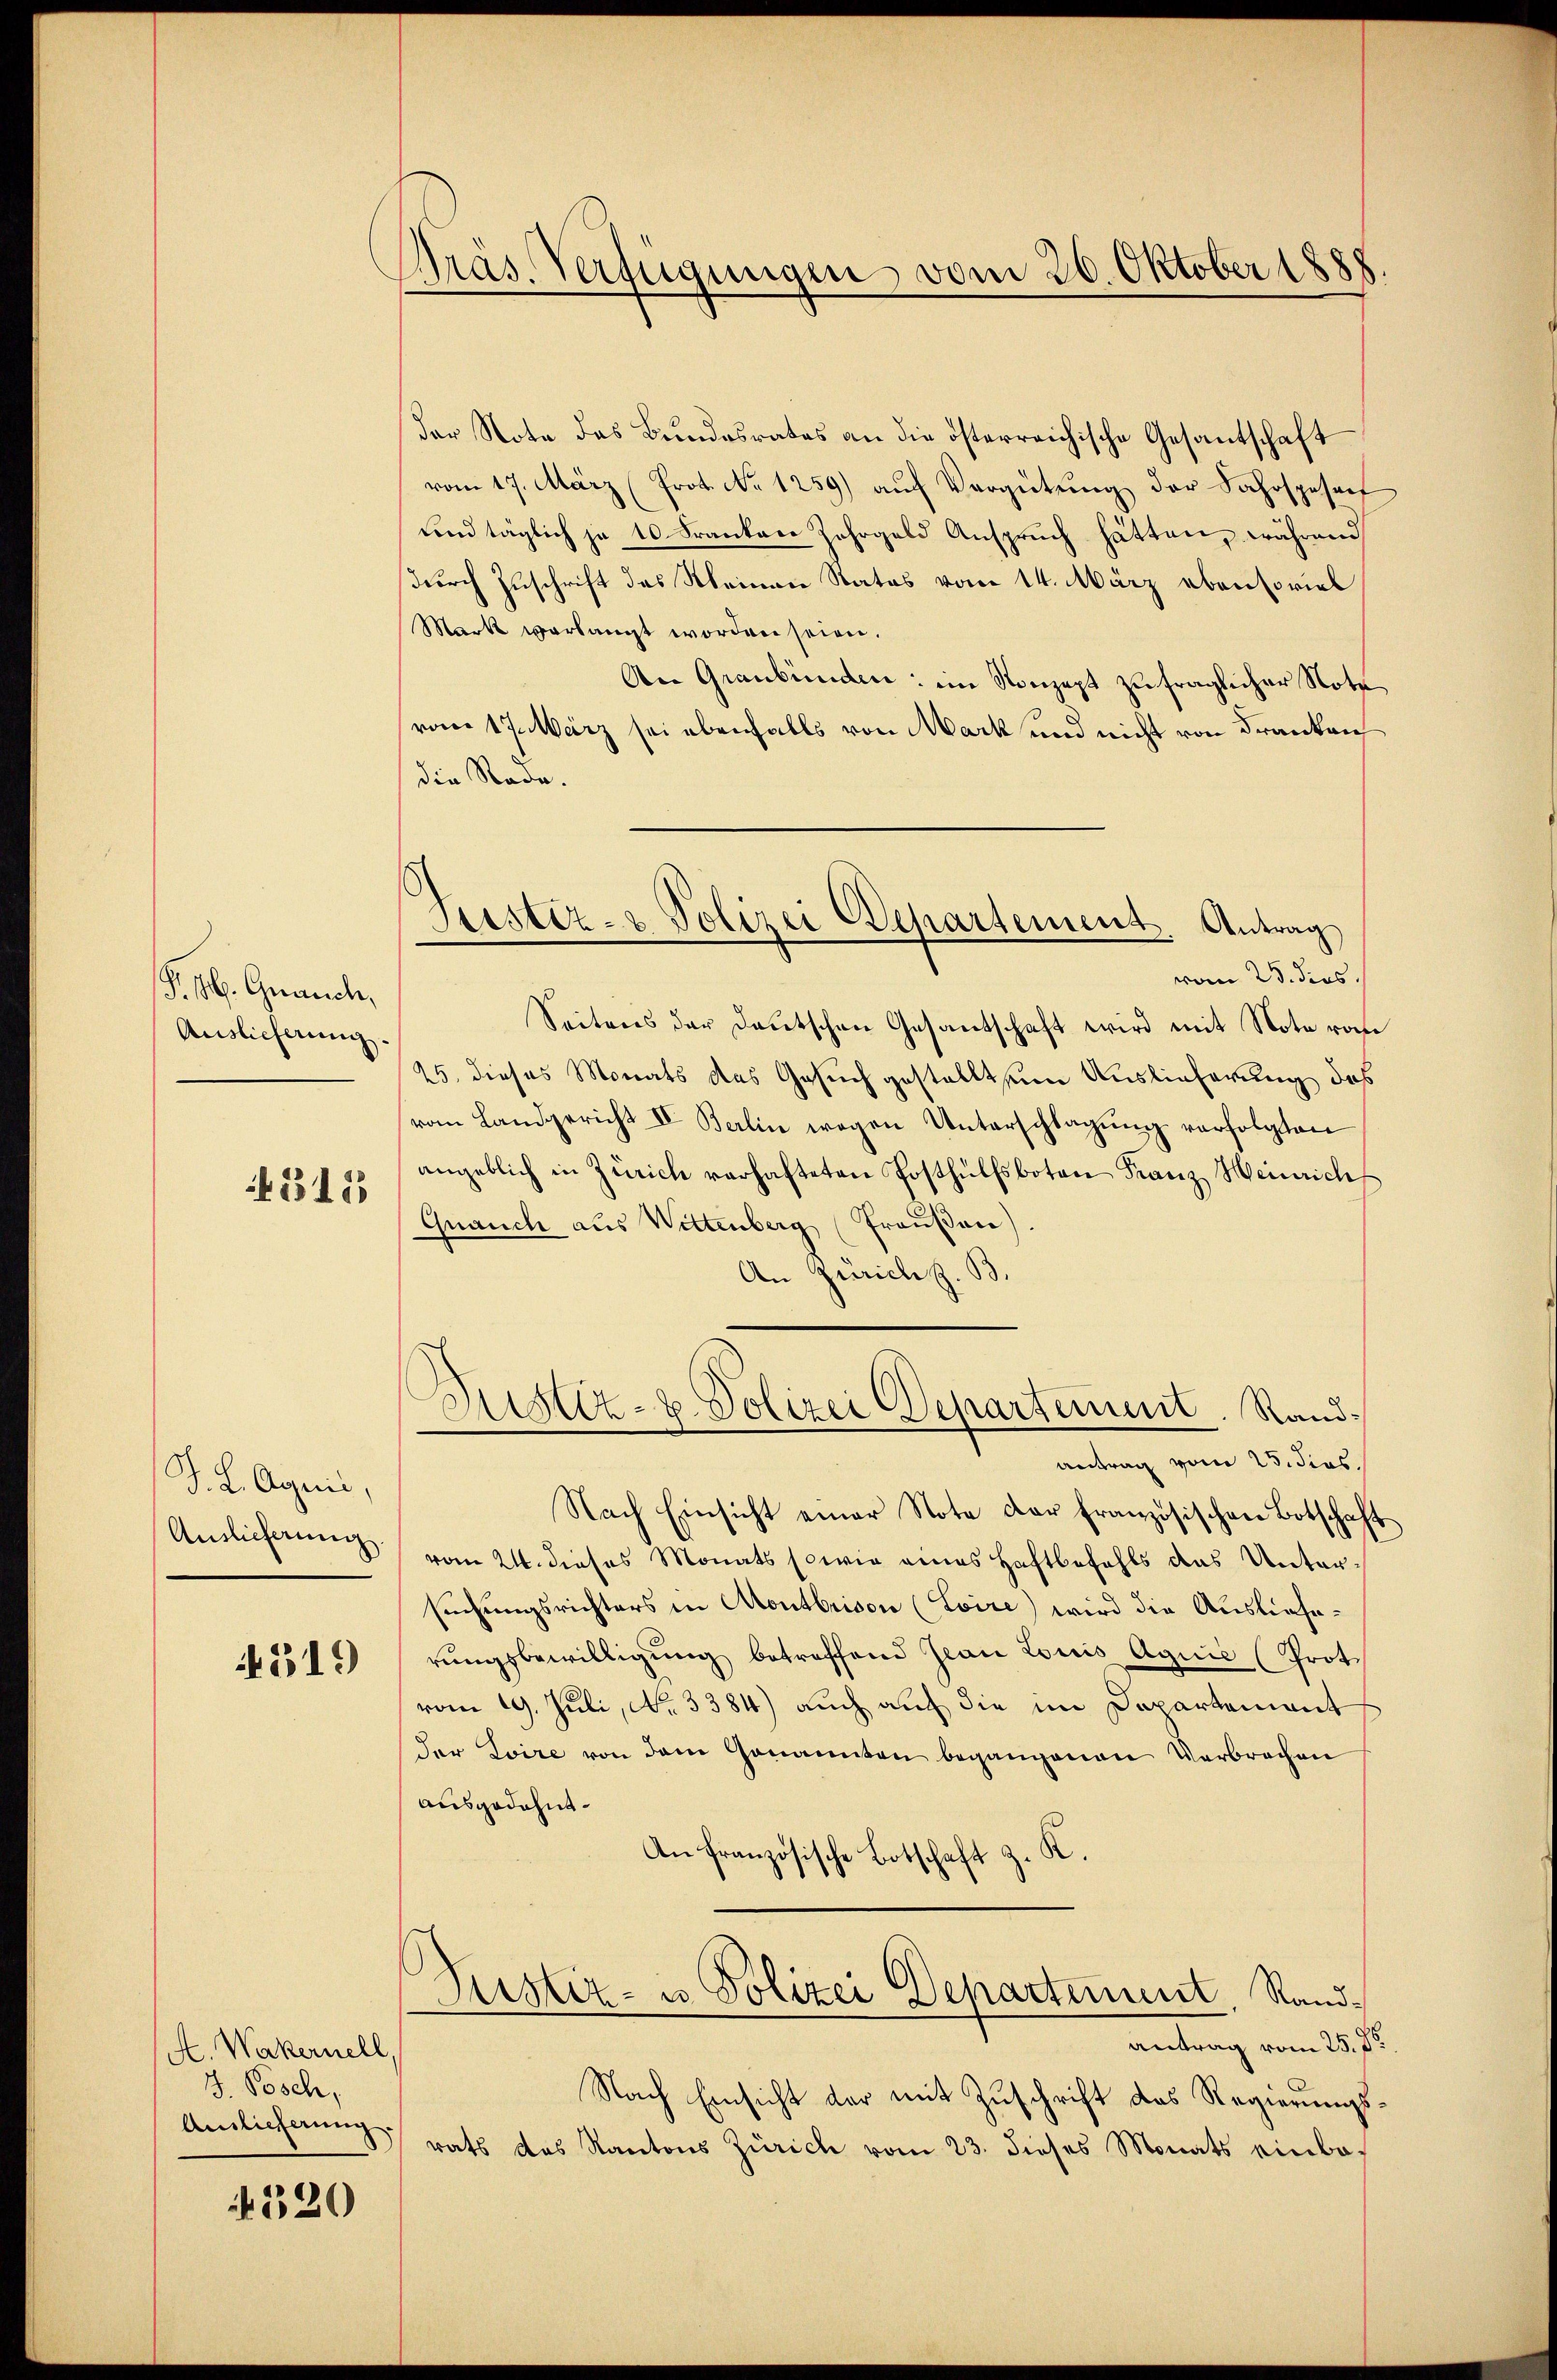
§. 5. Grauch,
Auslieferung.

43125

J. L. Aquis,
Auslieferung.

4519

A. Wakernell,
J. Posch,
Anslicherung.

4320

Präs. Verfügungen vom 20. Oktober 1888

Justiz- & Polizei Departement. Antrag
vom 23. dies.

Der Note das Bundesrates an die österreichische Gesantschaft
vom 17. März (Prot. No 1259) auf Vergütung der Fahrspesen
Lnd täglich je 10 Franken Jahrgeld Ansprŭch hätten, während
durch Zuschrift des Meinen Rates vom 14. März ebensoviel
Mark verlangt worden seien.
An Graubünden: im Konzept zu fraglicher Note
vom 17. März sei ebenfalls von Mark und nicht von Franken
die Rade.
Seitens der Deutschen Gesantschaft wird mit Note vom
25. dieses Monats das Gesuch gestellt um Auslieferung des
vom Landgericht IV. Berlin wegen Unterschlagung verfolgten
angeblich in Zürich verhafteten Posthülfsboten Franz Heinrich
Gnauch aus Wittenberg (Traußen)
An Zürich z. B.
Justiz- u. Polizei Departement. Randantrag vom 25. dies
Nach Einsicht einer Note der französischen Botschaft
vom 24. dieses Monats sowie eines Haftbefehls das Unter
suchungsrichters in Montbrison (Loire) wird die Auslieferŭngsbewilligŭng betreffend Jean Louis Aquis (Prot
vom 19. Juli, No. 3384) auch auf die im Departement
der Toire von dem Genannten begangenen Verbrechen
ausgedehnt.
An französische Botschaft z. K.
Zustiz- u Polizei Departement, Randantrag vom 25. St
Nach Einsicht der mit Zuschrift des Regierungsrats des Kantons Zürich vom 23. dieses Monats einba-